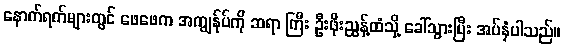
နောက်ရက်များတွင် ဖေဖေက အကျွန်ုပ်ကို ဆရာ ကြီး ဦးဖိုးညွန့်ထံသို့ ခေါ်သွားပြီး အပ်နှံပါသည်။